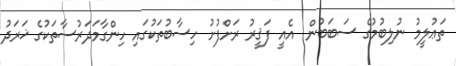
ތަޢުލީމު ނުލިބުމުގެ ސަބަބުން  އެއީ ފަޤީރު ރަށްފުށު ހިސާބުތަކުގައި ހިންގާމަދަރުސާތަކުގެ ޚަރަދު